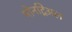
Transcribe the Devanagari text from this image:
मोनट्रिअल